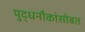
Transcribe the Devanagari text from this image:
युद्धनौकांसोबत